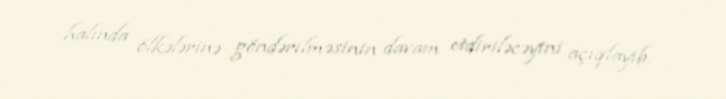
halında ölkələrinə göndərilməsinin davam etdiriləcəyini açıqlayıb.